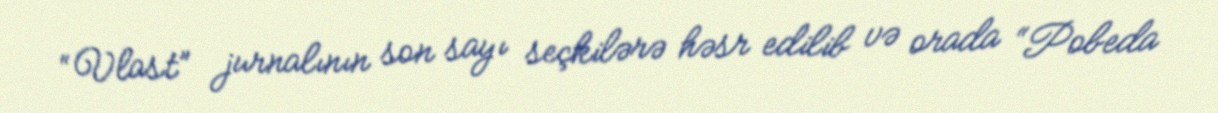
“Vlast” jurnalının son sayı seçkilərə həsr edilib və orada “Pobeda